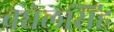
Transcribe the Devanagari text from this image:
बघेलसिंह